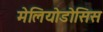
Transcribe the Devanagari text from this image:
मेलियोडोसिस